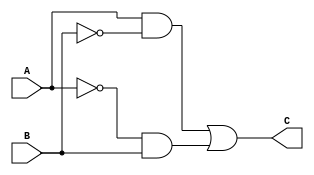
`timescale 1ns/1ps
module xorMod(A, B, C);

    input A, B;
    output C;

    assign C = (A & ~B) | (~A & B);

endmodule

module tb;

    reg A, B;
    wire C;

    xorMod xor1(A, B, C);

    initial begin
        $dumpfile("xor.vcd");
        $dumpvars(0, tb);
        $monitor("A = %b, B = %b, C = %b", A, B, C);
        A = 1;
        B = 1;
        #2;
        // $display("A = %b, B = %b, C = %b", A, B, C);
        #15;
        A = 1;
        B = 0;
        #2;
        // $display("A = %b, B = %b, C = %b", A, B, C);
        #15;
        A = 0;
        B = 1;
        #2;
        // $display("A = %b, B = %b, C = %b", A, B, C);
        #15;
        A = 0;
        B = 0;
        #2;
        // $display("A = %b, B = %b, C = %b", A, B, C);
        #15;
    end
    
endmodule